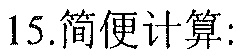
15.简便计算: